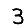
Digit: 3